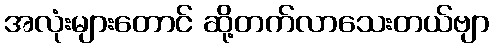
အလုံးများတောင် ဆို့တက်လာသေးတယ်ဗျာ